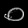
Digit: ၀